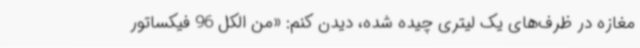
مغازه در ظرف‌های یک لیتری چیده شده، دیدن کنم: «من الکل 96 فیکساتور